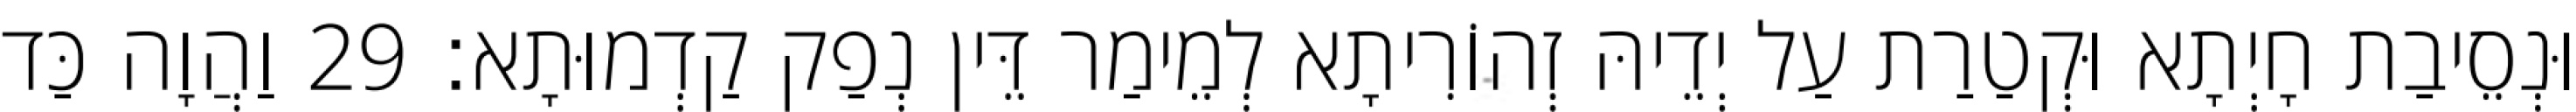
וּנְסֵיבַת חָיְתָא וּקְטַרַת עַל יְדֵיהּ זְהוֹרִיתָא לְמֵימַר דֵּין נְפַק קַדְמוּתָא׃ 29 וַהֲוָה כַּד